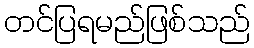
တင်ပြရမည်ဖြစ်သည်